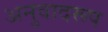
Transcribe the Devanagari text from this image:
अनुवादरूप